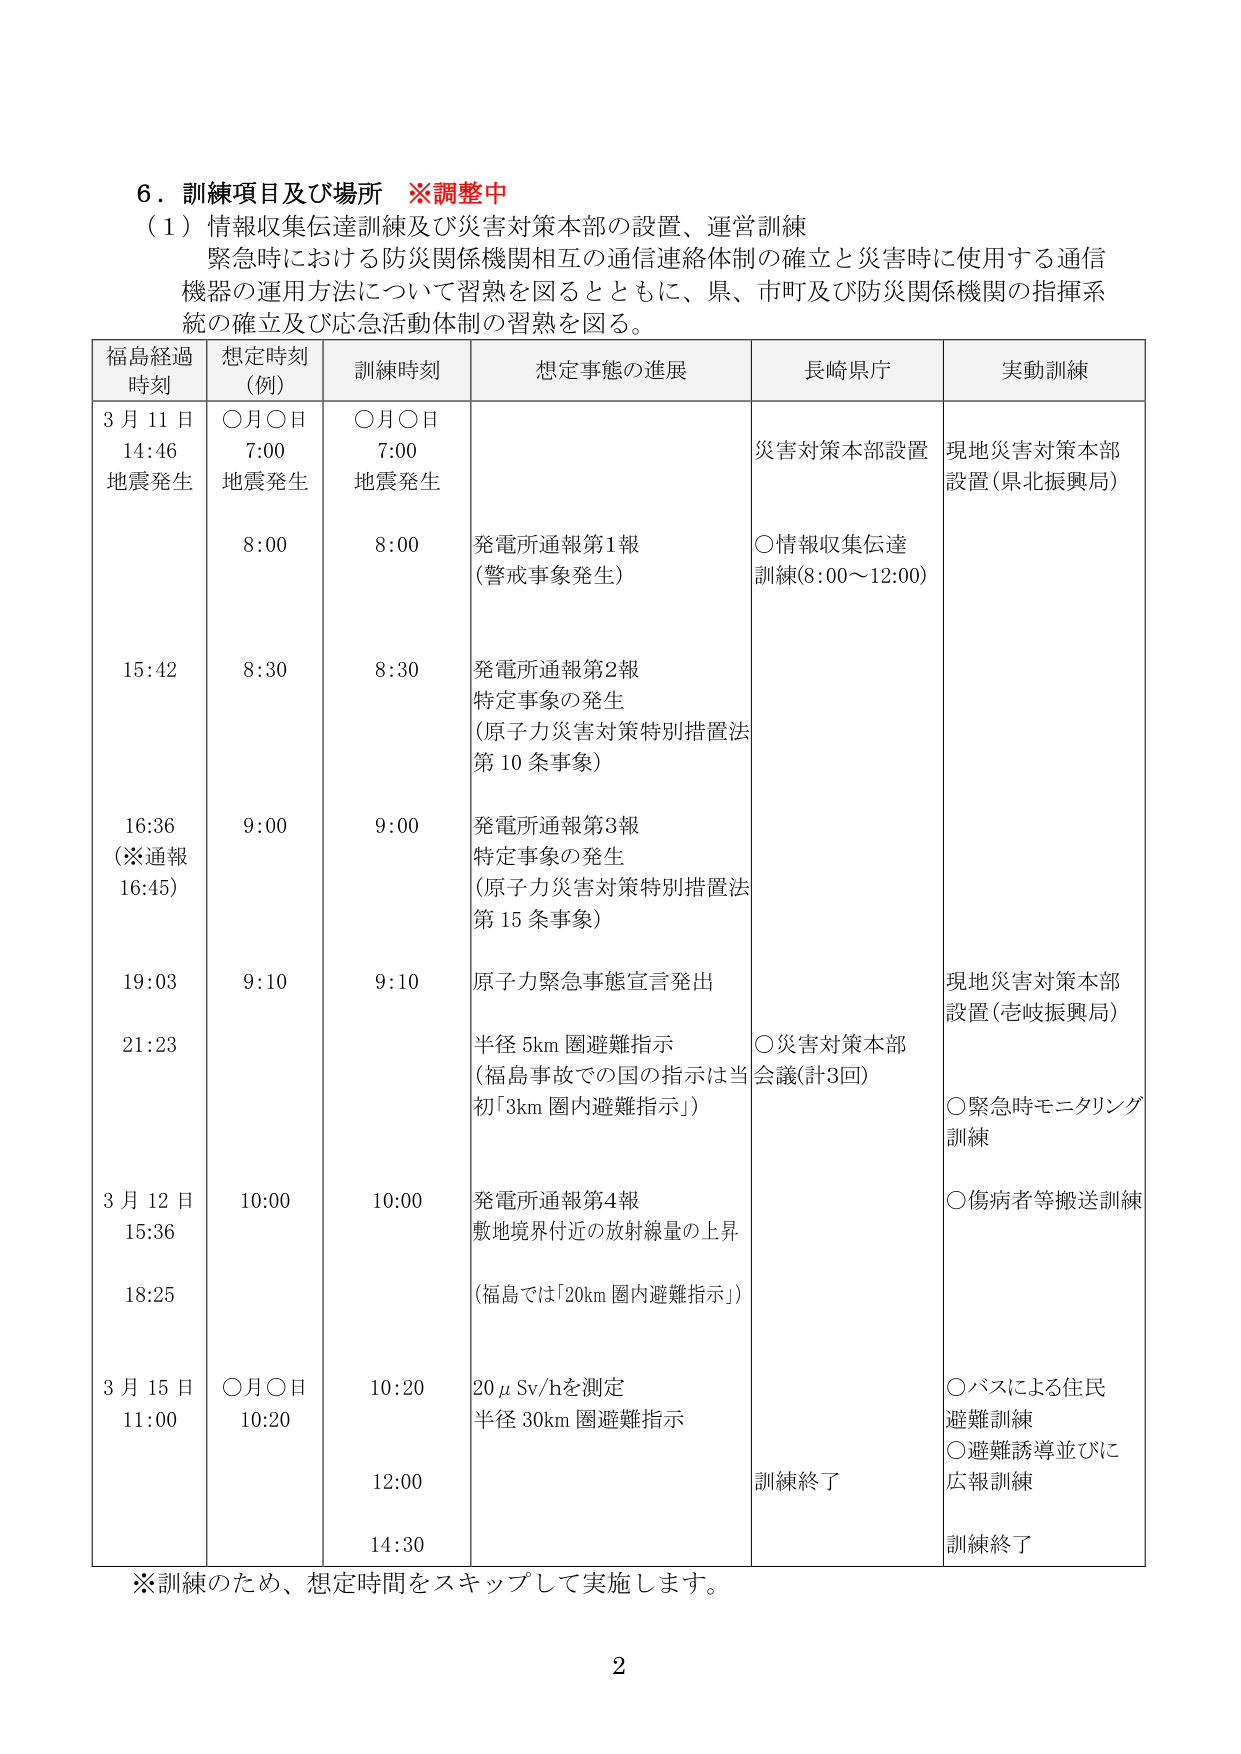
6．訓練項目及び場所　※調整中
（1）情報収集伝達訓練及び災害対策本部の設置、運営訓練
　緊急時における防災関係機関相互の通信連絡体制の確立と災害時に使用する通信
　機器の運用方法について習熟を図るとともに、県、市町及び防災関係機関の指揮系
　統の確立及び応急活動体制の習熟を図る。

| 福島経過時刻 | 想定時刻（例） | 訓練時刻 | 想定事態の進展 | 長崎県庁 | 実動訓練 |
|---------------|----------------|-----------|----------------|----------|----------|
| 3月11日 14:46 地震発生 | ○月○日 7:00 地震発生 | ○月○日 7:00 地震発生 | | 災害対策本部設置 | 現地災害対策本部設置（県北振興局） |
| | 8:00 | 8:00 | 発電所通報第1報（警戒事象発生） | ○情報収集伝達訓練（8:00～12:00） | |
| 15:42 | 8:30 | 8:30 | 発電所通報第2報 特定事象の発生（原子力災害対策特別措置法第10条事象） | | |
| 16:36 （※通報16:45） | 9:00 | 9:00 | 発電所通報第3報 特定事象の発生（原子力災害対策特別措置法第15条事象） | | |
| 19:03 | 9:10 | 9:10 | 原子力緊急事態宣言発出 | | 現地災害対策本部設置（壱岐振興局） |
| 21:23 | | | 半径5km圏避難指示（福島事故での国の指示は当初「3km圏内避難指示」） | ○災害対策本部会議（計3回） | ○緊急時モニタリング訓練 |
| | | | | | ○傷病者等搬送訓練 |
| 3月12日 15:36 | 10:00 | 10:00 | 発電所通報第4報 敷地境界付近の放射線量の上昇（福島では「20km圏内避難指示」） | | |
| 18:25 | | | | | |
| 3月15日 11:00 | ○月○日 10:20 | 10:20 | 20μSv/hを測定 半径30km圏避難指示 | | ○バスによる住民避難訓練 |
| | | 12:00 | | | ○避難誘導並びに広報訓練 |
| | | 14:30 | | 訓練終了 | 訓練終了 |

※訓練のため、想定時間をスキップして実施します。

2